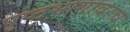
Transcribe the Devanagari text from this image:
पृष्ठभागावरच